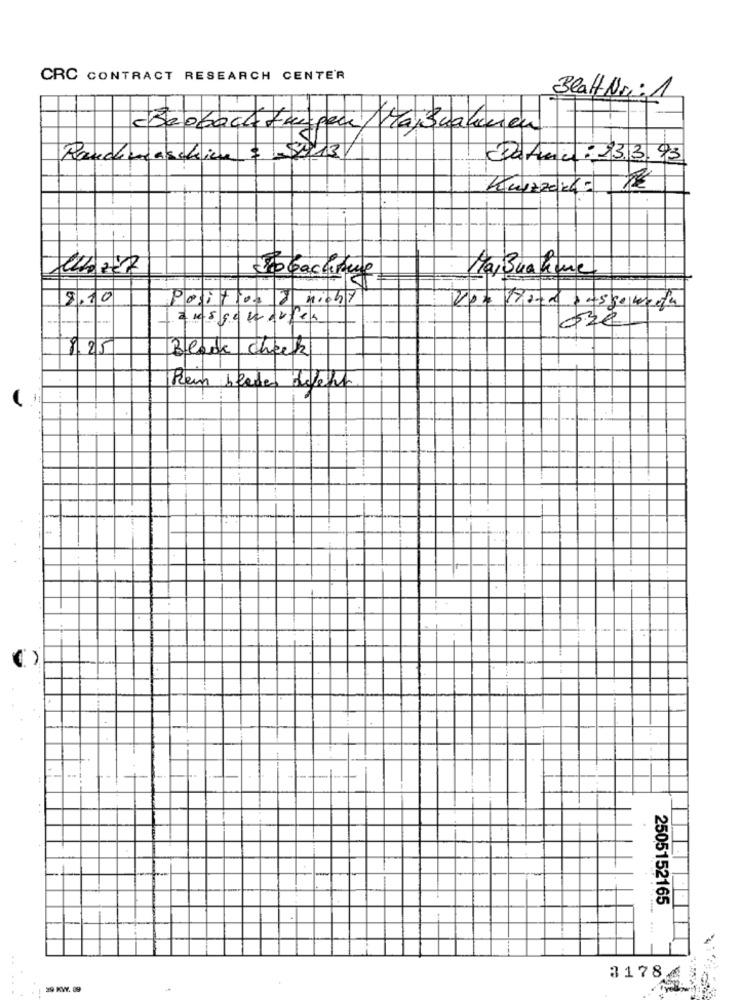
CRC CONTRACT RESEARCH CENTER
Blatt Neig
Rauchenschien = = $2213/
Calma : 13.3.93
Kurzzeit: 1€
Jobachtung
MayBuahme
8.10
Position J nicht
Von Horn 34550wein
Zus geworfen
ore
$25
Black check
ken bladen defekt
2505152165
31786
39 KWY. 89